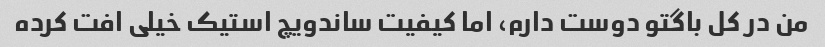
من در کل باگتو دوست دارم، اما کیفیت ساندویچ استیک خیلی افت کرده